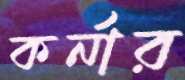
কর্নার